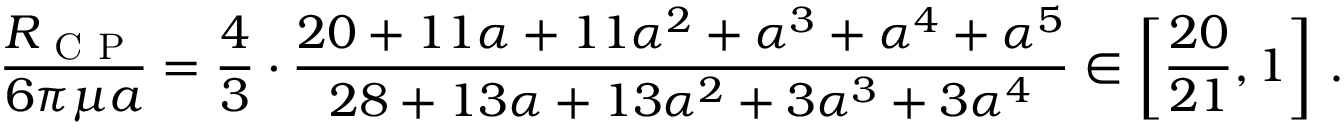
\frac { R _ { \mathrm { ~ C ~ P ~ } } } { 6 \pi \mu a } = \frac { 4 } { 3 } \cdot \frac { 2 0 + 1 1 \alpha + 1 1 \alpha ^ { 2 } + \alpha ^ { 3 } + \alpha ^ { 4 } + \alpha ^ { 5 } } { 2 8 + 1 3 \alpha + 1 3 \alpha ^ { 2 } + 3 \alpha ^ { 3 } + 3 \alpha ^ { 4 } } \in \left[ \frac { 2 0 } { 2 1 } , 1 \right] \, .